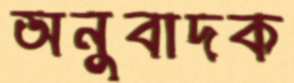
অনুবাদক